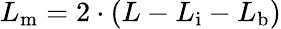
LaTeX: L_{\mathrm{m}}=2\cdot(L-L_{\mathrm{i}}-L_{\mathrm{b}})